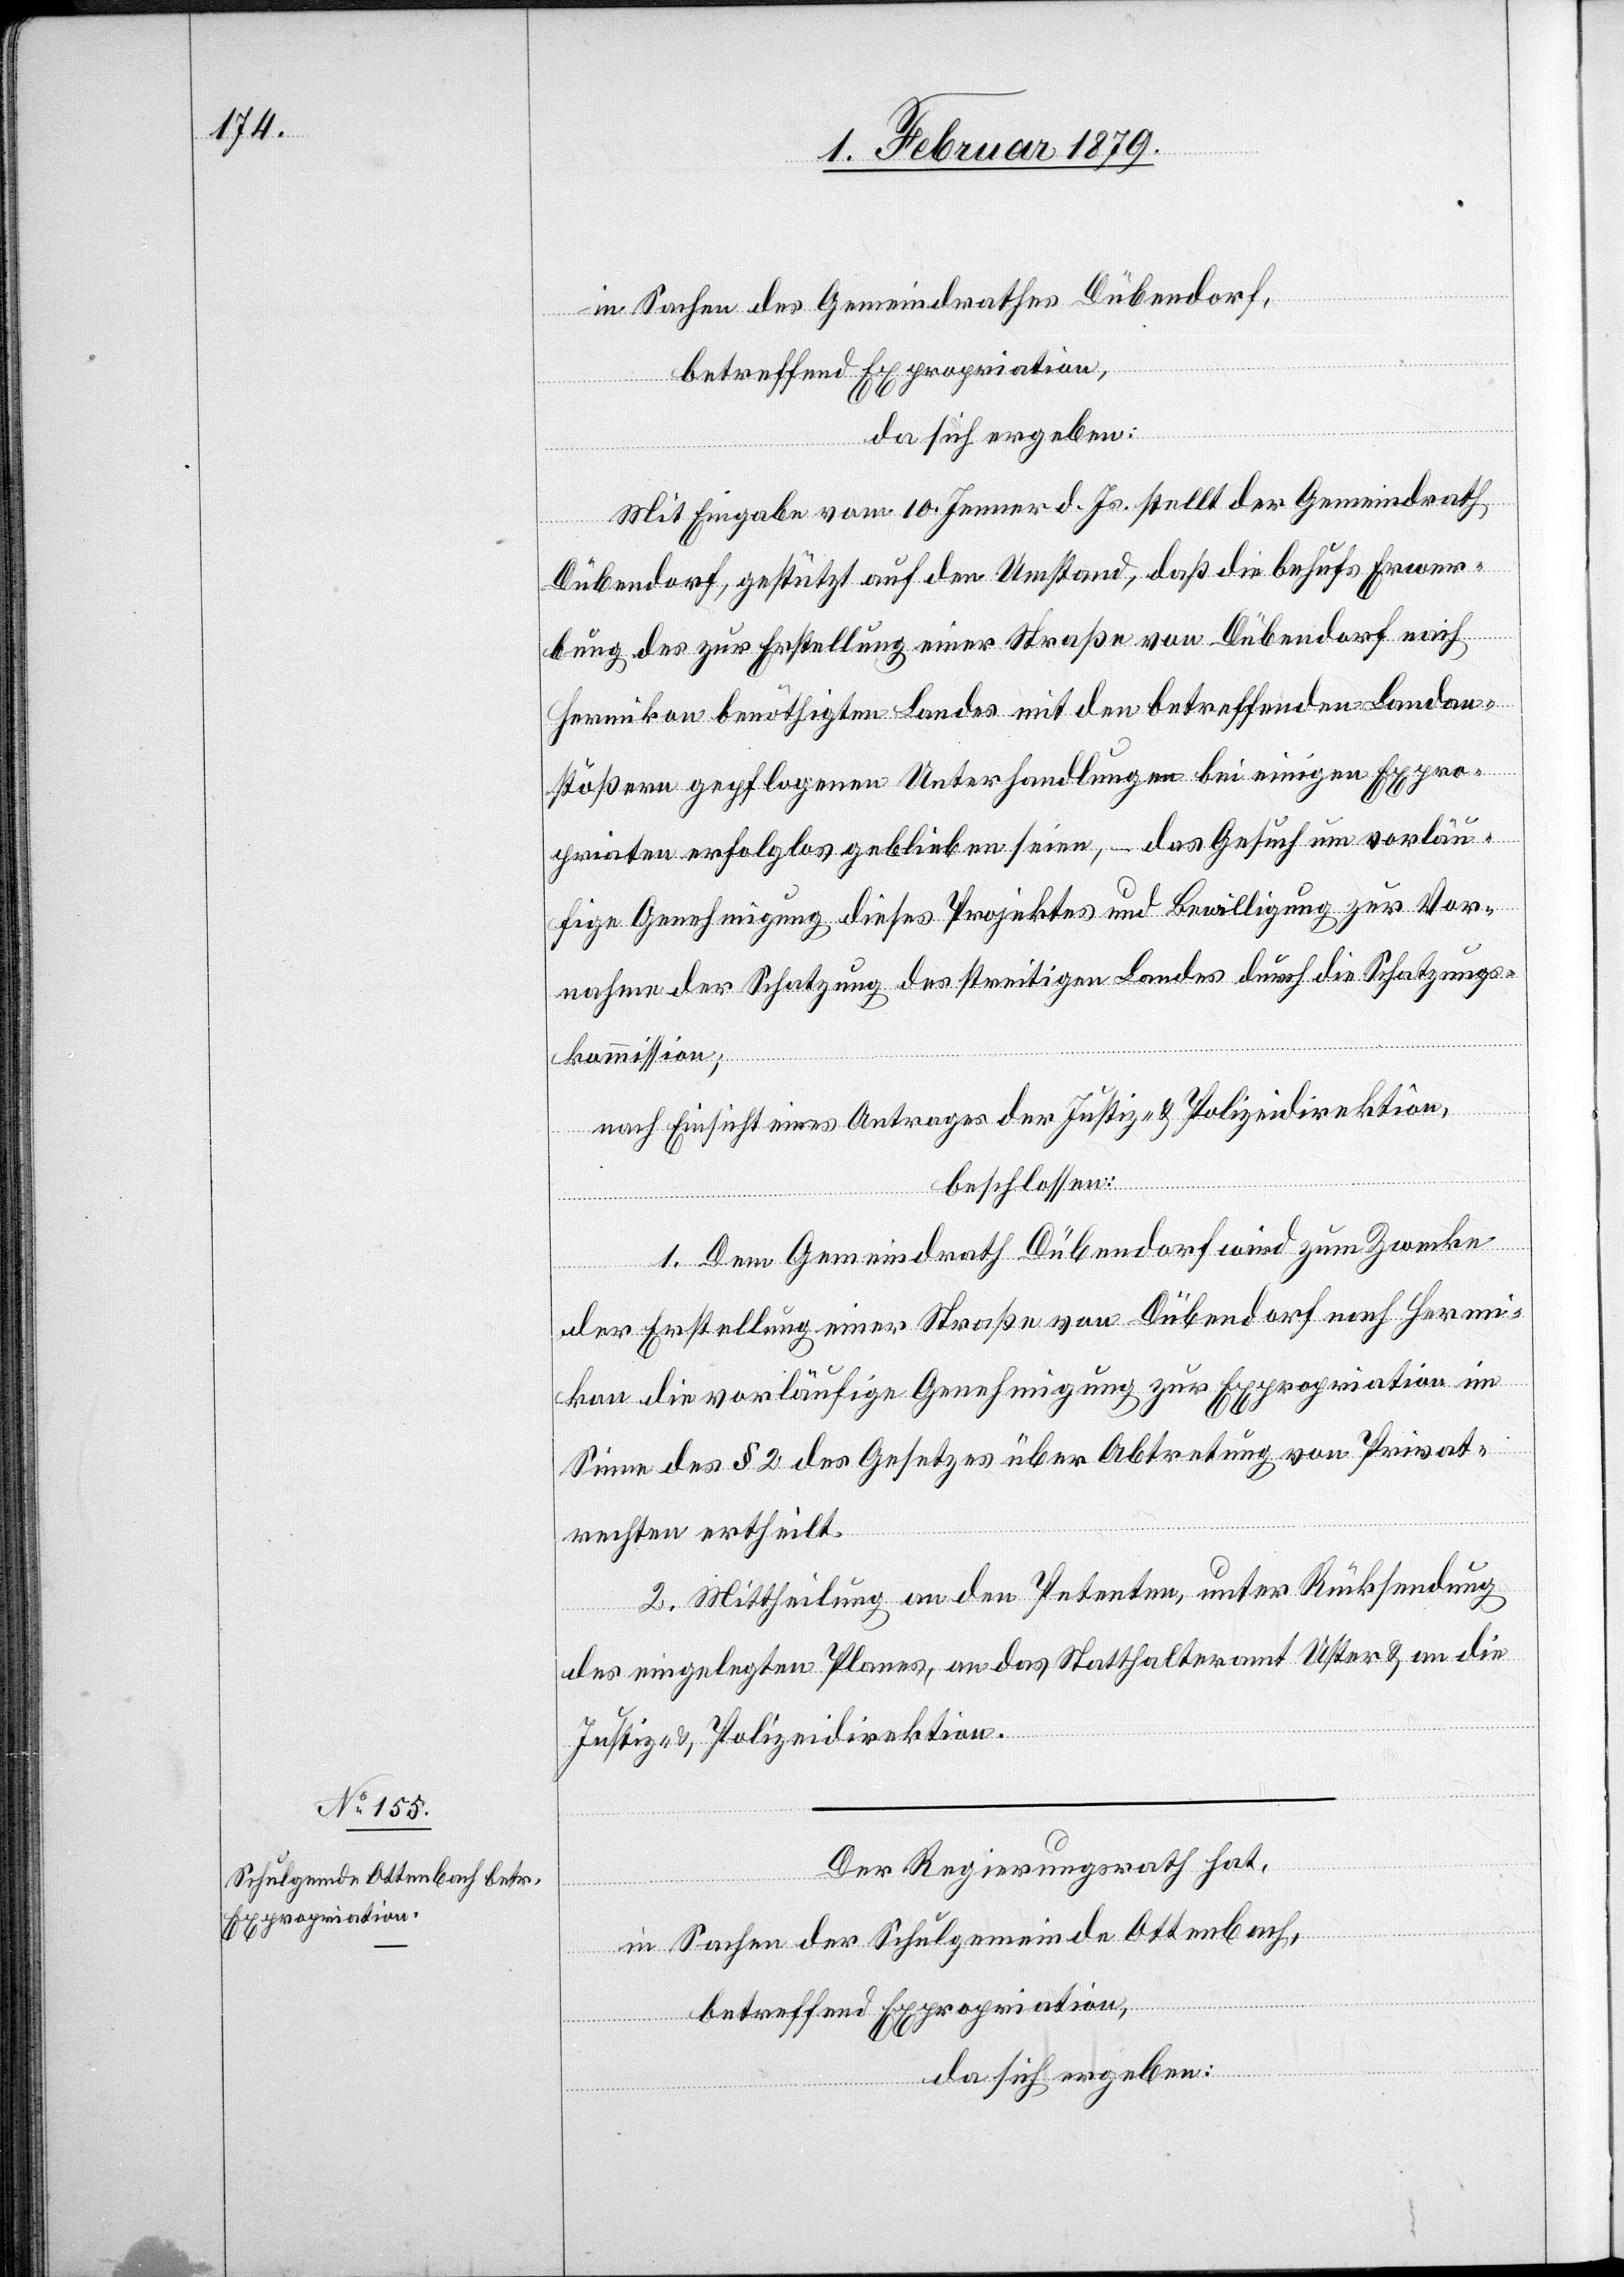
in Sachen des Gemeindrathes Dübendorf,
da sich ergeben:
Mit Eingabe vom 10. Jenner d. Js. stellt der Gemeindrath
Dübendorf, gestützt auf den Umstand, daß die behufs Erwer¬
bung des zur Erstellung einer Straße von Dübendorf nach
Hermikon benöthigten Landes mit den betreffenden Landan¬
stößern gepflogenen Unterhandlungen bei einigen Expro¬
priaten erfolglos geblieben seien, – das Gesuch um vorläu¬
fige Genehmigung dieses Projektes und Bewilligung zur Vor¬
nahme der Schatzung des streitigen Landes durch die Schatzungs¬
kommission;
nach Einsicht eines Antrages der Justiz- & Polizeidirektion,
beschlossen:
1. Dem Gemeindrath Dübendorf wird zum Zwecke
der Erstellung einer Straße von Dübendorf nach Herm¬
ikon die vorläufige Genehmigung zur Expropriation im
Sinne des § 2 des Gesetzes über Abtretung von Privat¬
rechten ertheilt.
2. Mittheilung an den Petenten, unter Rücksendung
des eingelegten Planes, an das Statthalteramt Uster & an die
Justiz- & Polizeidirektion.
Der Regierungsrath hat,
in Sachen der Schulgemeinde Ottenbach,
betreffend Expropriation,
da sich ergeben: